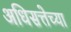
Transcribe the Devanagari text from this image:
अधिसत्तेच्या